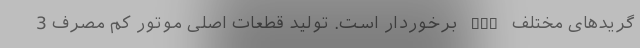
گریدهای مختلف PET برخوردار است. تولید قطعات اصلی موتور کم مصرف 3